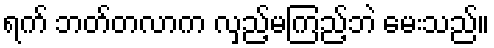
ရက် ဘတ်တလာက လှည့်မကြည့်ဘဲ မေးသည်။